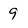
Character: 9